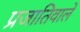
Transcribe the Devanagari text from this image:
प्रजातिवाले